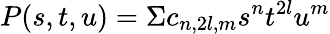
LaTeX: P(s,t,u)=\Sigma c_{n,2l,m}s^{n}t^{2l}u^{m}